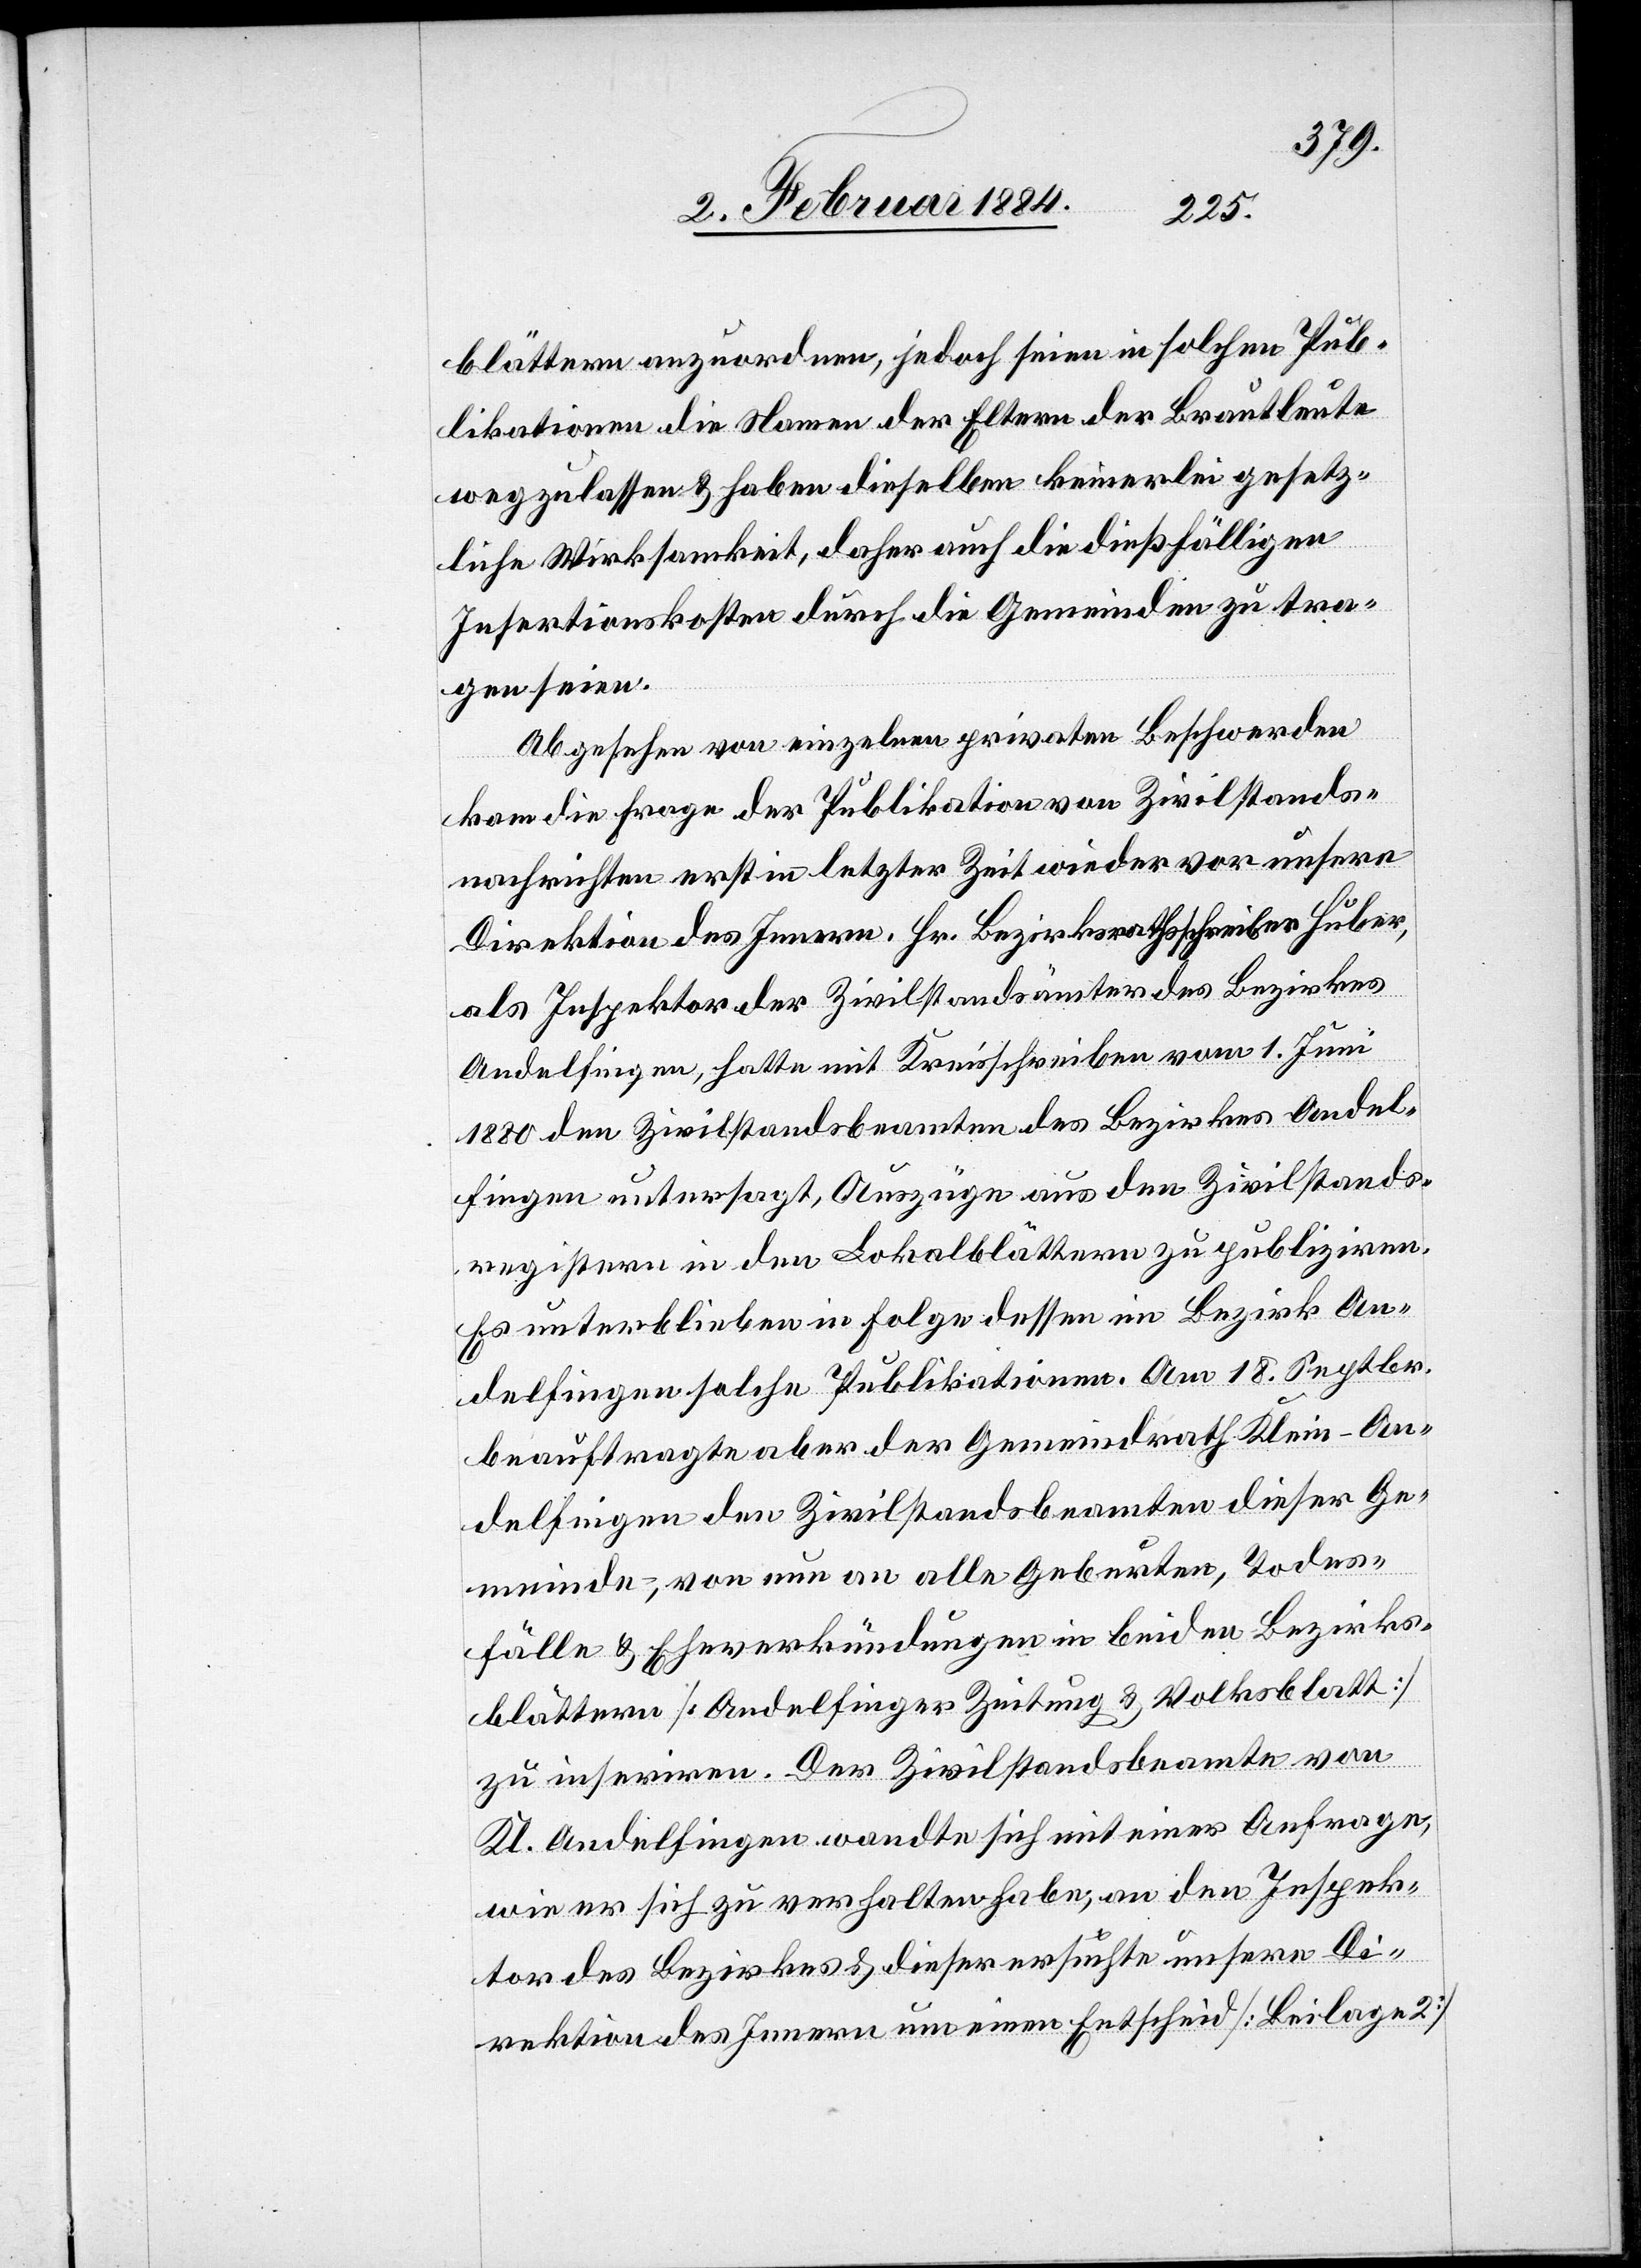
blättern anzuordnen, jedoch seien in solchen Pub¬
likationen die Namen der Eltern der Brautleute
wegzulassen & haben dieselben keinerlei gesetz¬
liche Wirksamkeit, daher auch die dießfälligen
Insertionskosten durch die Gemeinden zu tra¬
gen seien.
Abgesehen von einzelnen privaten Beschwerden
kam die Frage der Publikation von Zivilstandes¬
nachrichten erst in letzter Zeit wieder vor unsere
Direktion des Innern. Hr. Bezirksrathsschreiber Huber,
als Inspektor der Zivilstandsämter des Bezirkes
Andelfingen, hatte mit Kreisschreiben vom 1. Juni
1880 den Zivilstandesbeamten des Bezirkes Andel¬
fingen untersagt, Auszüge aus den Zivilstandes¬
registern in den Lokalblättern zu publizieren.
Es unterblieben in Folge dessen im Bezirk An¬
delfingen solche Publikationen. Am 18. Septbr.
beauftragte aber der Gemeindrath Klein-An¬
delfingen den Zivilstandesbeamten dieser Ge¬
meinde, von nun an alle Geburten, Todes¬
fälle & Eheverkündungen in beiden Bezirks¬
blättern [Andelfinger Zeitung & Volksblatt]
zu inseriren. Der Zivilstandsbeamte von
Kl. Andelfingen wandte sich mit einer Anfrage,
wie er sich zu verhalten habe, an den Inspek¬
tor des Bezirks & dieser ersuchte unsere Di¬
rektion des Innern um einen Entscheid [Beilage